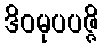
ဒိဝမုပပဇ္ဇိ